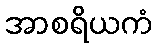
အာစရိယကံ